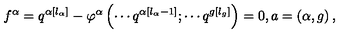
f ^ { \alpha } = q ^ { \alpha \left[ l _ { \alpha } \right] } - \varphi ^ { \alpha } \left( \cdots q ^ { \alpha \left[ l _ { \alpha } - 1 \right] } ; \cdots q ^ { g \left[ l _ { g } \right] } \right) = 0 , a = \left( \alpha , g \right) ,